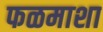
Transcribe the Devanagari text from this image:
फळमाशा